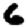
Digit: 6